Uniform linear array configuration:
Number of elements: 8
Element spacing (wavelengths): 1
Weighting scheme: exponential
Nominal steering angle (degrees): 15
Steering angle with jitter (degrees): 13.672
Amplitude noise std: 0.05
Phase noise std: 0.05

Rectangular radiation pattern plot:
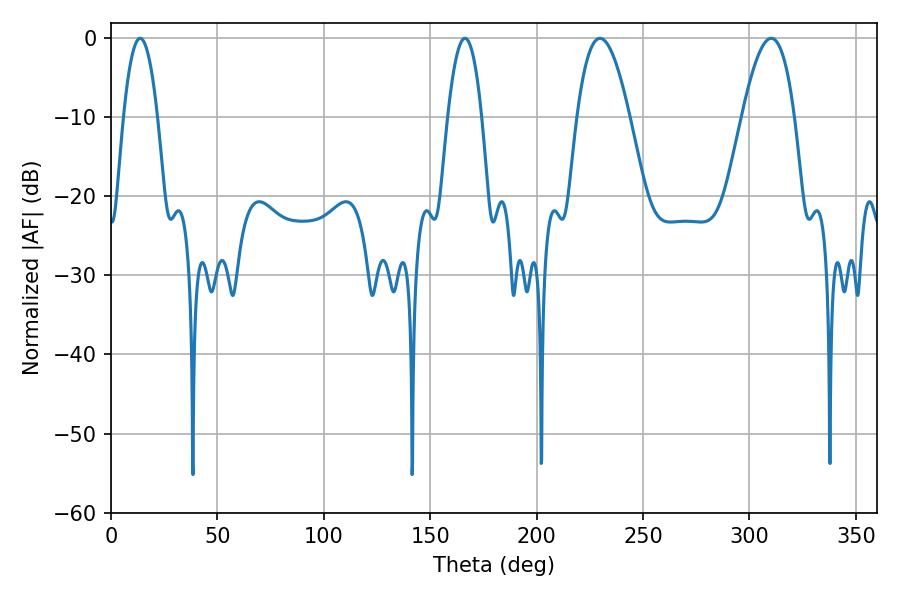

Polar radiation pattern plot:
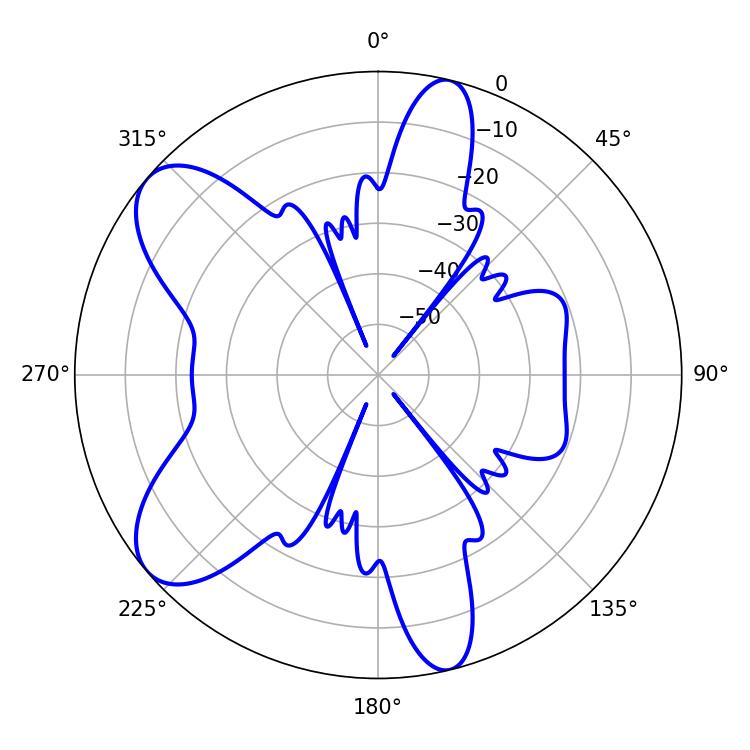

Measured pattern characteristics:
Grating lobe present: TRUE
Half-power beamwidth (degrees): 8.82
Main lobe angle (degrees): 13.68